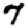
Digit: 7